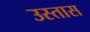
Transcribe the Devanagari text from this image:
उस्तास